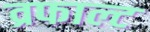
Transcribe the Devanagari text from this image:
व्रफाल्ट